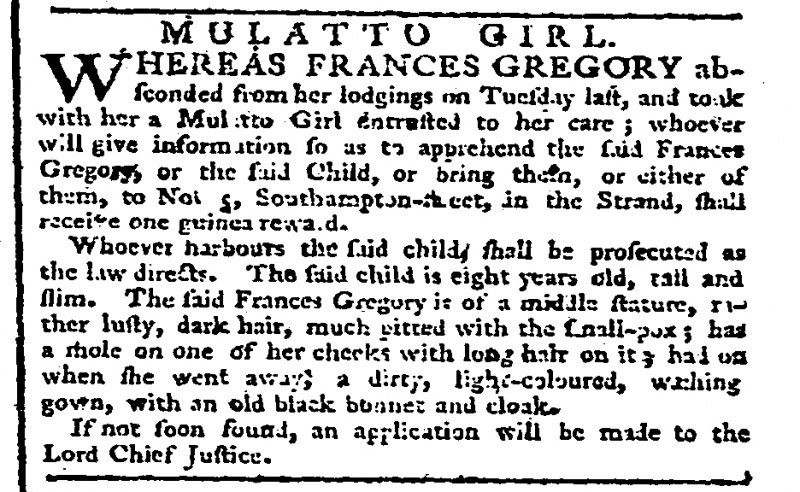
General Advertiser and Morning Intelligencer, 2 April 1779 (England)
     MULATTO GIRL.WHEREAS FRANCES GREGORY absconded from her lodgings on Tuesday last, and took with her a Mulatto Girl entrusted to her care; whoever will give information so as to apprehend the said Frances Gregory, or the said Child, or bring them, or either of them, to No 5, Southampton-street, in the Strand, shall receive one guinea reward.  Whoever harbours the said child, shall be prosecuted as the law directs. The said child is eight years old, tall and slim. The said Frances-Gregory is of a middle stature, rather lusty, dark hair, much pitted with the small-pox; has a mole on one of her cheeks with long hair on it; had on when she went away, a dirty, light-coloured, waching gown, with an old black bonnet and cloak.  If not soon found, an application will be made to the Lord Chief Justice.